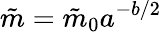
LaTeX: \tilde{m}=\tilde{m}_{0}a^{-b/2}